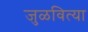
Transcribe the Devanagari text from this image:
जुळवित्या